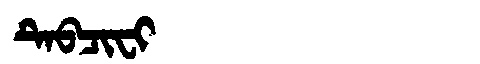
Manchu: ᡨᡝᠪᠴᡳᠸᡳ
Romanization: TEBCIFI